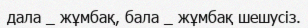
дала _ жұмбақ, бала _ жұмбақ шешусіз.